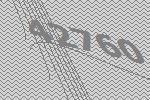
42760